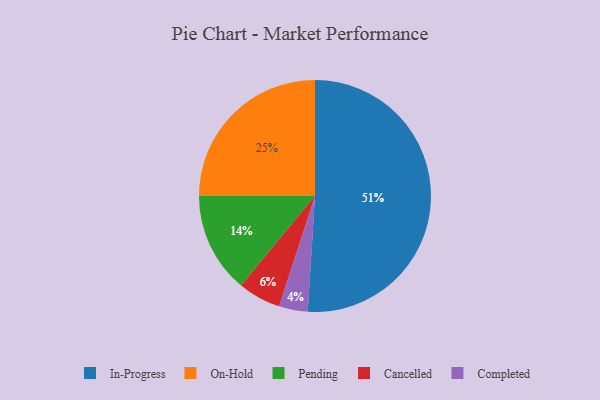
{"axis": {"x": "Category", "y": "Percentage"}, "legend": ["Cancelled", "Completed", "In-Progress", "On-Hold", "Pending"], "data": [{"x": "On-Hold", "y": 25, "type": "On-Hold"}, {"x": "In-Progress", "y": 51, "type": "In-Progress"}, {"x": "Pending", "y": 14, "type": "Pending"}, {"x": "Cancelled", "y": 6, "type": "Cancelled"}, {"x": "Completed", "y": 4, "type": "Completed"}]}